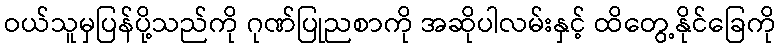
ဝယ်သူမှပြန်ပို့သည်ကို ဂုဏ်ပြုညစာကို အဆိုပါလမ်းနှင့် ထိတွေ့နိုင်ခြေကို